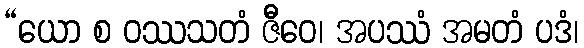
“ယော စ ဝဿသတံ ဇီဝေ၊ အပဿံ အမတံ ပဒံ၊